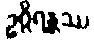
ဥဂ္ဂိရန္တဿ